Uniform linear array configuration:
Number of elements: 8
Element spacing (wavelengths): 0.75
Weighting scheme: hann
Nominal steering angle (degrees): -60
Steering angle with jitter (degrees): -58.585
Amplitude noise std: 0.05
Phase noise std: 0.05

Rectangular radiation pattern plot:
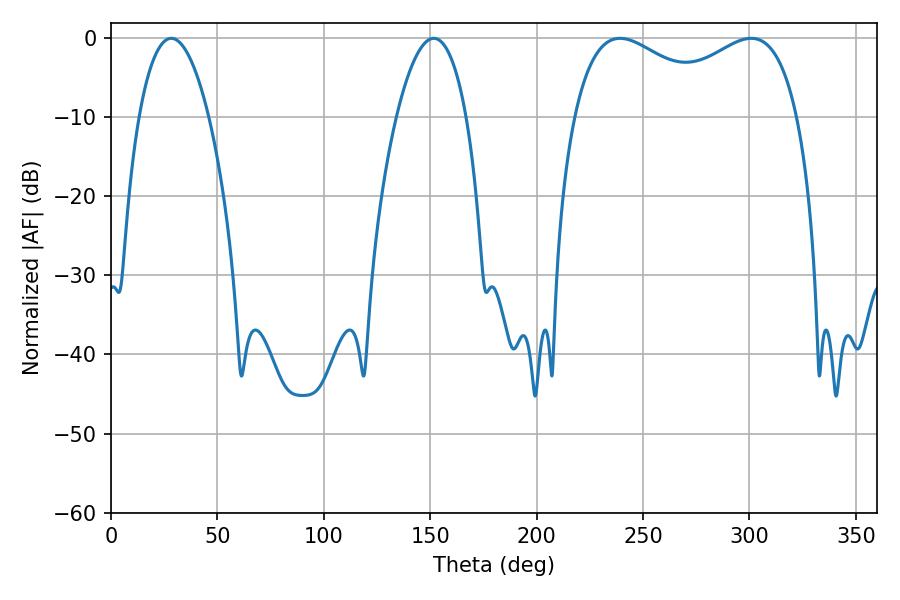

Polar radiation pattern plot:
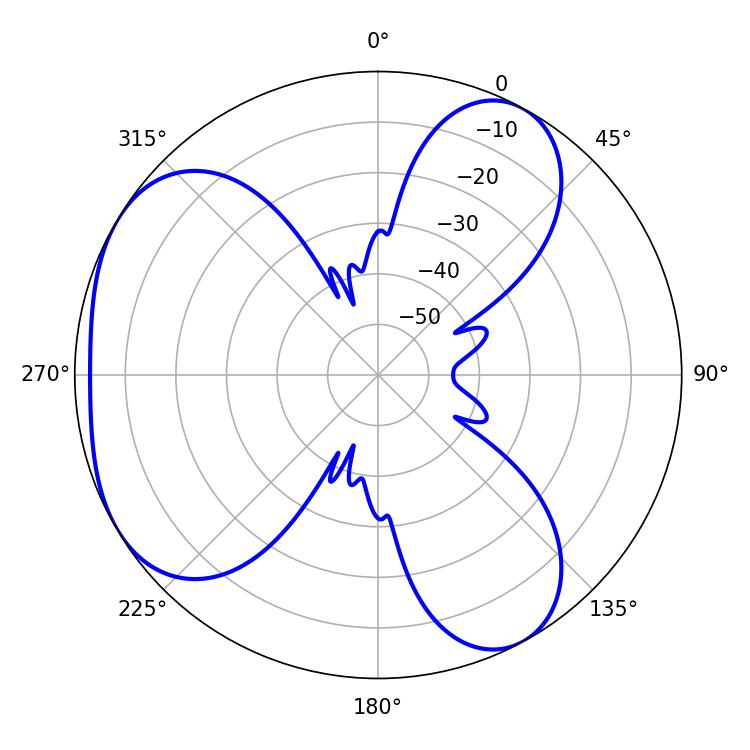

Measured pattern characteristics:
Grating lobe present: TRUE
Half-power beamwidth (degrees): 42.12
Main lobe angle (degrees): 239.22